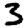
Digit: 3